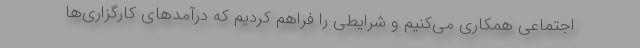
اجتماعی همکاری می‌کنیم و شرایطی را فراهم کردیم که درآمدهای کارگزاری‌ها